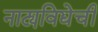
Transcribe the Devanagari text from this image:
नाट्यविद्येची